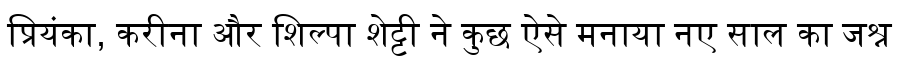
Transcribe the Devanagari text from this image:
प्रियंका, करीना और शिल्पा शेट्टी ने कुछ ऐसे मनाया नए साल का जश्न